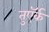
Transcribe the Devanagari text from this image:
तुऍर्क